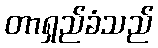
တာရှည်ခံသည်